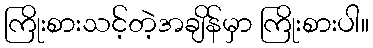
ကြိုးစားသင့်တဲ့အချိန်မှာ ကြိုးစားပါ။